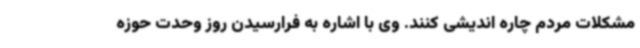
مشکلات مردم چاره اندیشی کنند. وی با اشاره به فرارسیدن روز وحدت حوزه